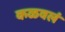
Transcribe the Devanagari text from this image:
कळवलं